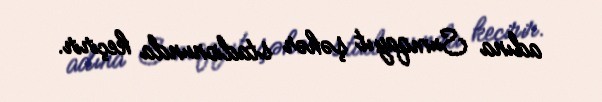
adına Sumqayıt şəhər stadionunda keçirir.